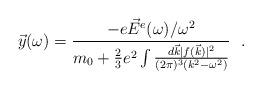
LaTeX: \begin{align*}\vec{y}(\omega) = {- e \vec{E}^e(\omega) / \omega^2 \over m_0 + {2 \over 3} e^2 \int {d \vec{k} |f (\vec{k})|^2 \over (2\pi)^3 (k^2 - \omega^2)}}{~~}.\end{align*}